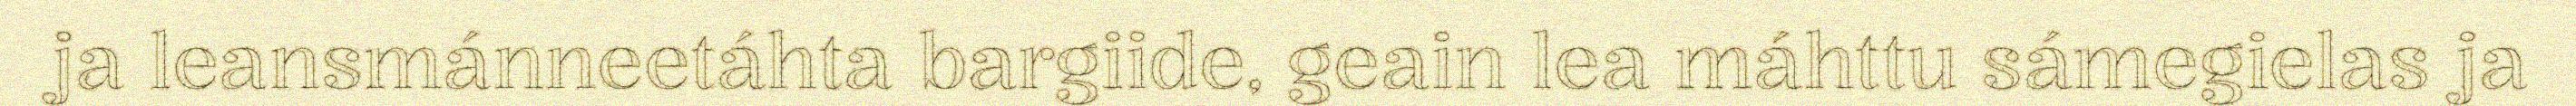
ja leansmánneetáhta bargiide, geain lea máhttu sámegielas ja